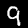
Digit: 9